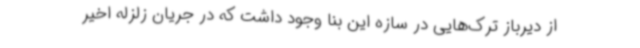
از دیرباز ترک‌هایی در سازه این بنا وجود داشت که در جریان زلزله اخیر